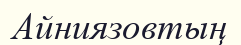
Айниязовтың